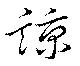
諒